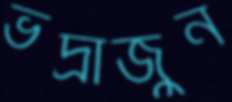
ভদ্রার্জুন